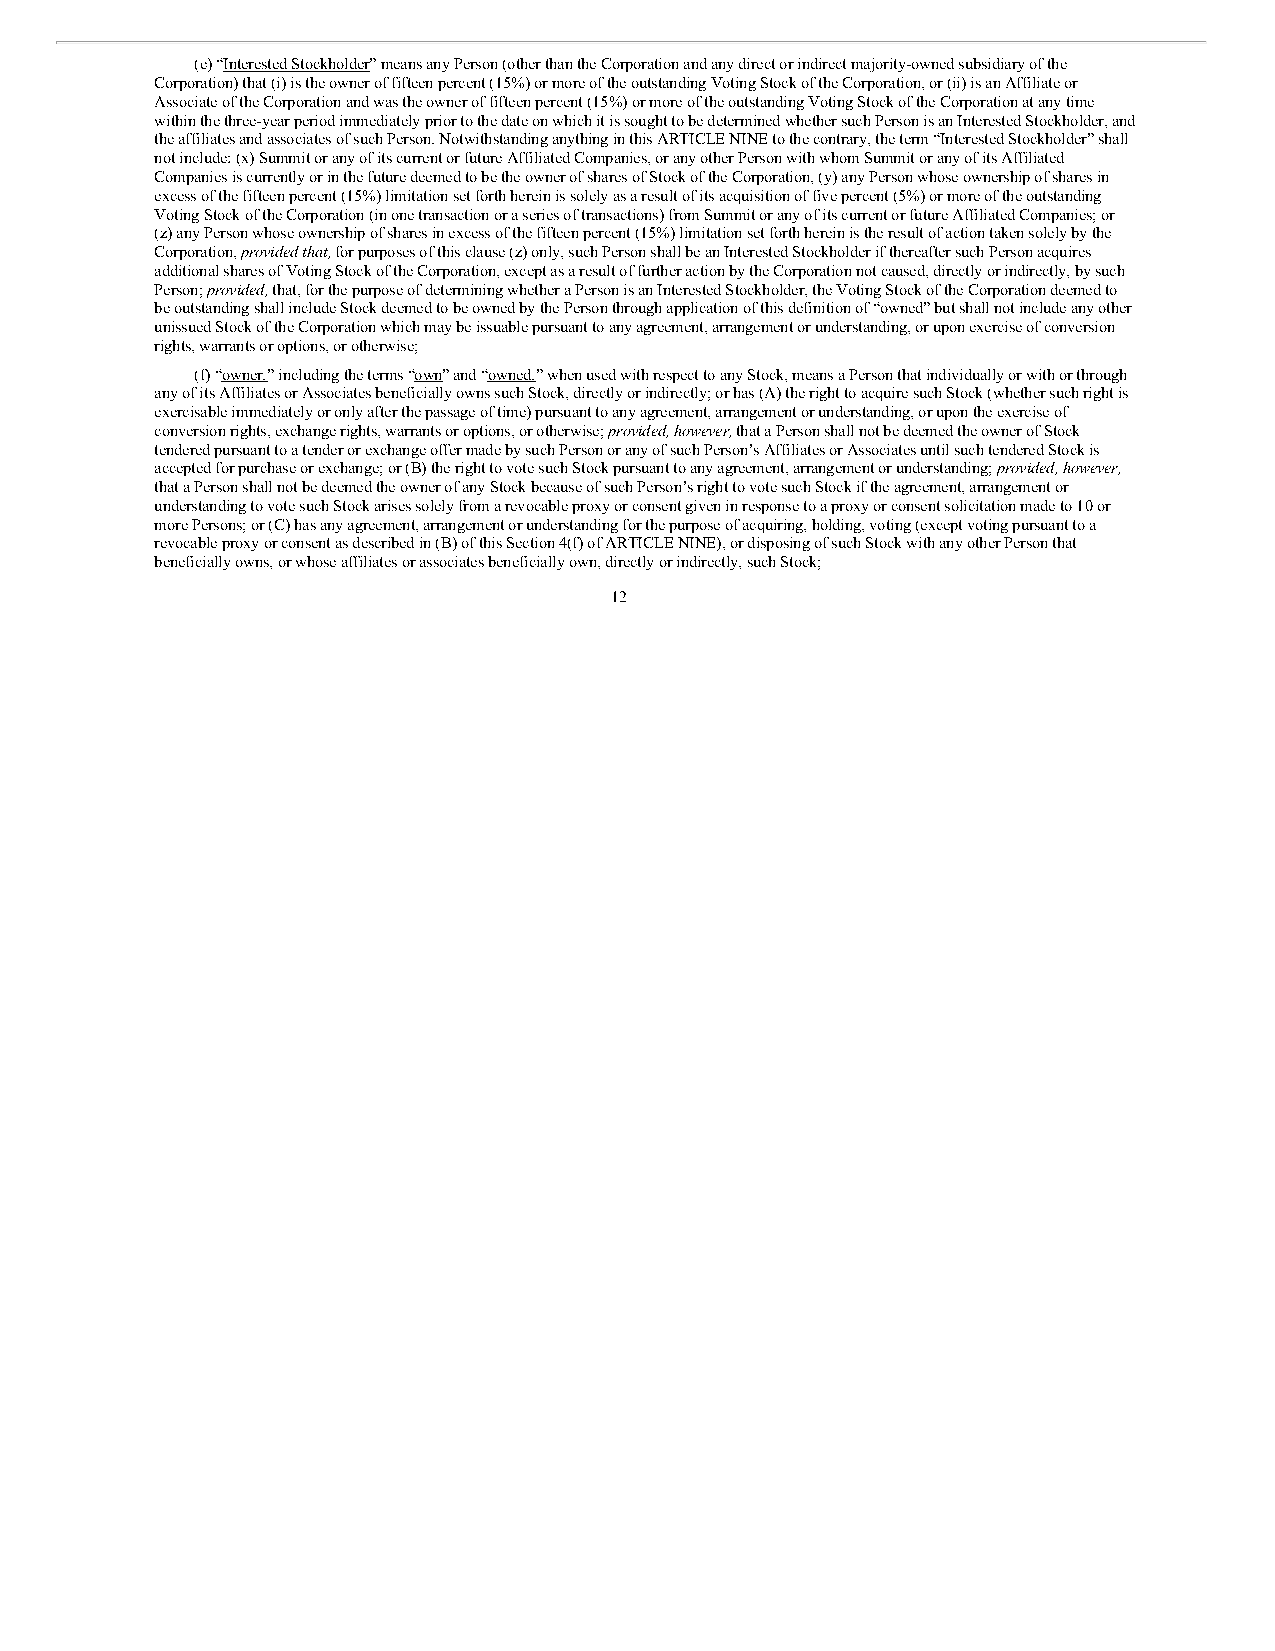
(e) “Interested Stockholder” means any Person (other than the Corporation and any direct or indirect majority-owned subsidiary of the
 Corporation) that (i) is the owner of fifteen percent (15%) or more of the outstanding Voting Stock of the Corporation, or (ii) is an Affiliate or
 Associate of the Corporation and was the owner of fifteen percent (15%) or more of the outstanding Voting Stock of the Corporation at any time
 within the three-year period immediately prior to the date on which it is sought to be determined whether such Person is an Interested Stockholder, and
 the affiliates and associates of such Person. Notwithstanding anything in this ARTICLE NINE to the contrary, the term “Interested Stockholder” shall
 not include: (x) Summit or any of its current or future Affiliated Companies, or any other Person with whom Summit or any of its Affiliated
 Companies is currently or in the future deemed to be the owner of shares of Stock of the Corporation, (y) any Person whose ownership of shares in
 excess of the fifteen percent (15%) limitation set forth herein is solely as a result of its acquisition of five percent (5%) or more of the outstanding
 Voting Stock of the Corporation (in one transaction or a series of transactions) from Summit or any of its current or future Affiliated Companies; or
 (z) any Person whose ownership of shares in excess of the fifteen percent (15%) limitation set forth herein is the result of action taken solely by the
 Corporation, provided that, for purposes of this clause (z) only, such Person shall be an Interested Stockholder if thereafter such Person acquires
 additional shares of Voting Stock of the Corporation, except as a result of further action by the Corporation not caused, directly or indirectly, by such
 Person; provided, that, for the purpose of determining whether a Person is an Interested Stockholder, the Voting Stock of the Corporation deemed to
 be outstanding shall include Stock deemed to be owned by the Person through application of this definition of “owned” but shall not include any other
 unissued Stock of the Corporation which may be issuable pursuant to any agreement, arrangement or understanding, or upon exercise of conversion
 rights, warrants or options, or otherwise;
 (f) “owner,” including the terms “own” and “owned,” when used with respect to any Stock, means a Person that individually or with or through
 any of its Affiliates or Associates beneficially owns such Stock, directly or indirectly; or has (A) the right to acquire such Stock (whether such right is
 exercisable immediately or only after the passage of time) pursuant to any agreement, arrangement or understanding, or upon the exercise of
 conversion rights, exchange rights, warrants or options, or otherwise; provided, however, that a Person shall not be deemed the owner of Stock
 tendered pursuant to a tender or exchange offer made by such Person or any of such Person’s Affiliates or Associates until such tendered Stock is
 accepted for purchase or exchange; or (B) the right to vote such Stock pursuant to any agreement, arrangement or understanding; provided, however,
 that a Person shall not be deemed the owner of any Stock because of such Person’s right to vote such Stock if the agreement, arrangement or
 understanding to vote such Stock arises solely from a revocable proxy or consent given in response to a proxy or consent solicitation made to 10 or
 more Persons; or (C) has any agreement, arrangement or understanding for the purpose of acquiring, holding, voting (except voting pursuant to a
 revocable proxy or consent as described in (B) of this Section 4(f) of ARTICLE NINE), or disposing of such Stock with any other Person that
 beneficially owns, or whose affiliates or associates beneficially own, directly or indirectly, such Stock;
 12